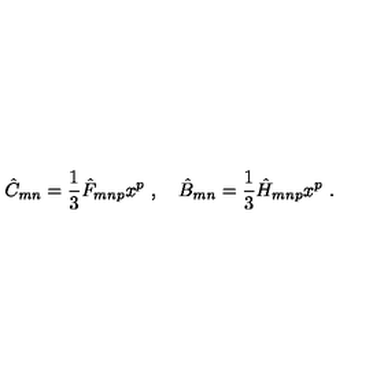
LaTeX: \hat { C } _ { m n } = \frac { 1 } { 3 } \hat { F } _ { m n p } x ^ { p } \ , \quad \hat { B } _ { m n } = \frac { 1 } { 3 } \hat { H } _ { m n p } x ^ { p } \ .